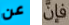
عن فإن